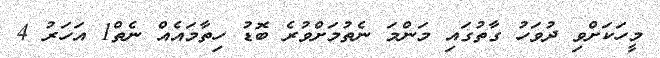
މީހަކަށްވި ދުވަހު ގާތުގައި މަންމަ ނެތުމަށްވުރެ ބޮޑު ހިތާމައެއް ނެތް1 އަހަރު 4